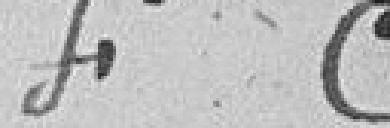
Francs Centimes